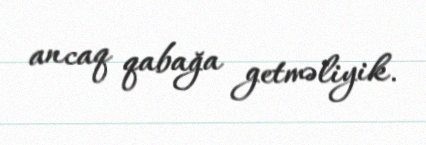
ancaq qabağa getməliyik.